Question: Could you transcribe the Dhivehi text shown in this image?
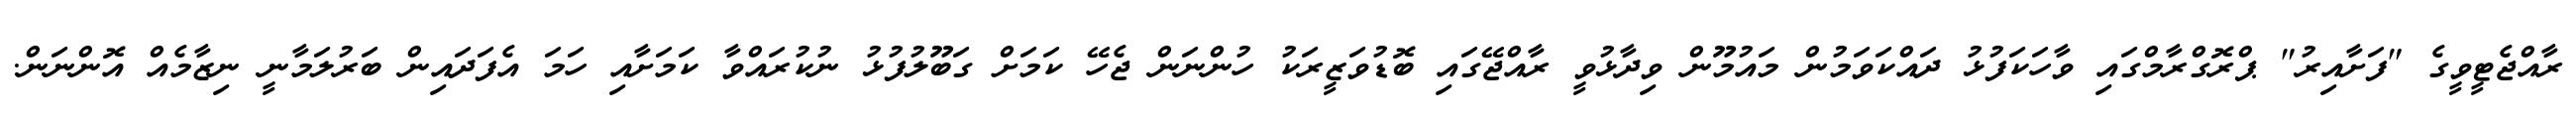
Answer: ރާއްޖެޓީވީގެ "ފަށާއިރު" ޕްރޮގްރާމްގައި ވާހަކަފުޅު ދައްކަވަމުން މައުމޫން ވިދާޅުވީ ރާއްޖޭގައި ބޮޑުވަޒީރަކު ހުންނަން ޖެހޭ ކަމަށް ގަބޫލުފުޅު ނުކުރައްވާ ކަމަށާއި ހަމަ އެފަދައިން ބަރުލަމާނީ ނިޒާމެއް އޮންނަން.